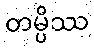
တမ္ပိဿ